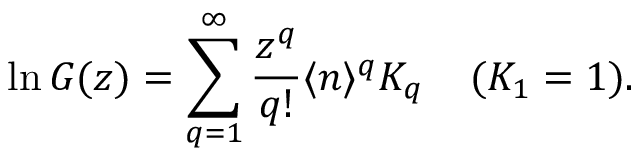
\ln G ( z ) = \sum _ { q = 1 } ^ { \infty } \frac { z ^ { q } } { q ! } \langle n \rangle ^ { q } K _ { q } \; \; \; \; ( K _ { 1 } = 1 ) .